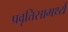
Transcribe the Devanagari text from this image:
प्रवृत्तिसामर्थ्य